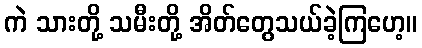
ကဲ သားတို့ သမီးတို့ အိတ်တွေသယ်ခဲ့ကြဟေ့။